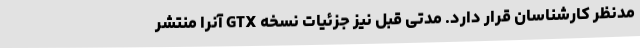
مدنظر کارشناسان قرار دارد. مدتی قبل نیز جزئیات نسخه GTX آنرا منتشر